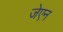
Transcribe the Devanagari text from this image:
जेएन